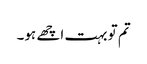
تم تو بہت اچھے ہو۔